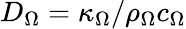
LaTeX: D_{\Omega}=\kappa_{\Omega}/\rho_{\Omega}c_{\Omega}